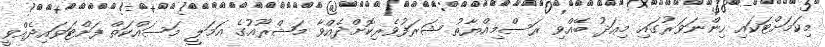
މިކަމަށްޓަކައި ހިންނަވަރުގައި މިއަދު ބޭއްވި ރަސްމިއްޔާތު ޝަރަފުވެރިކޮށްދެއްވާ މަޝްރޫއުގެ އަމަލީ މަސައްކަތް ފަށްޓަވައިދެއްވީ